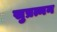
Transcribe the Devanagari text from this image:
सुप्रत्मन